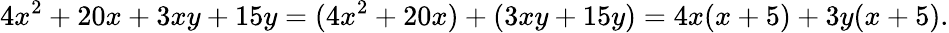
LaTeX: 4x^{2}+20x+3xy+15y=(4x^{2}+20x)+(3xy+15y)=4x(x+5)+3y(x+5).